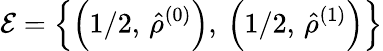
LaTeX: \mathcal{E}=\left\{ \left(1/2,\, \hat{\rho}^{(0)}\right),\: \left(1/2,\, \hat{\rho}^{(1)}\right)\right\}